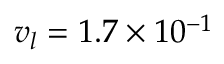
{ v _ { l } } = \mathrm { { } } 1 . 7 \times { 1 0 ^ { - 1 } }